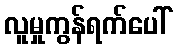
လူမှုကွန်ရက်ပေါ်